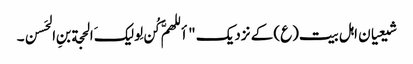
شیعیان اہل بیت(ع) کے نزدیک "أللهمَّ کُن لِولیکَ الحجة بنِ الحَسن۔